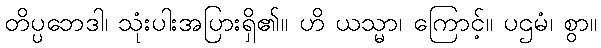
တိပ္ပဘေဒါ၊ သုံးပါးအပြားရှိ၏။ ဟိ ယသ္မာ၊ ကြောင့်။ ပဌမံ၊ စွာ။